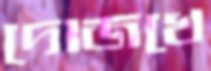
দোজখে